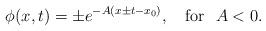
LaTeX: \begin{align*}\phi(x,t)=\pm e^{-A(x\pm t-x_0)},\quad \hbox{for}\ \ A<0.\end{align*}